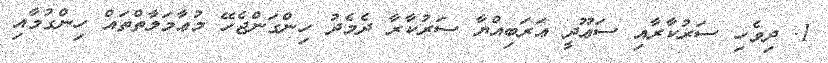
1. ދިވެހި ސަރުކާރާއި ސަޢޫދީ ޢަރަބިއްޔާ ސަރުކާރާ ދެމެދު ހިންގަންޖެހޭ މުޢާމަލާތްތައް ހިންގުމާއި